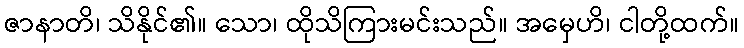
ဇာနာတိ၊ သိနိုင်၏။ သော၊ ထိုသိကြားမင်းသည်။ အမှေဟိ၊ ငါတို့ထက်။